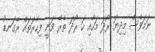
ނަމަވެސް މިދިޔަ ރޯދަ މަހާއި ހަ ރޯދަ ތެރޭ ވަނީ ފިހާރަތައް ރޭގަނޑު